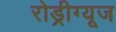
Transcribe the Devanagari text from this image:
रोड्रीग्यूज